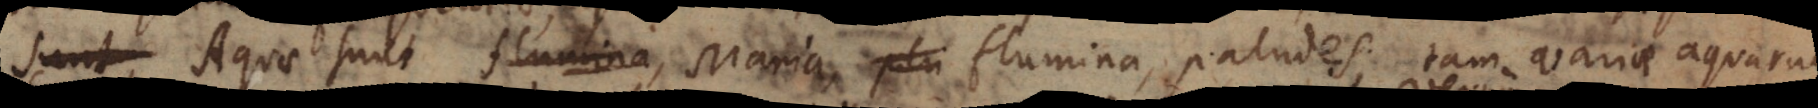
Aquae sunt Maria, flumina, paludes; tam variae aquarum